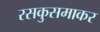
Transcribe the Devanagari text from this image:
रसकुसमाकर